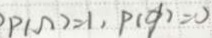
P ( \sim ) = 1 , P ( \phi ) = 0